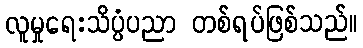
လူမှုရေးသိပ္ပံပညာ တစ်ရပ်ဖြစ်သည်။